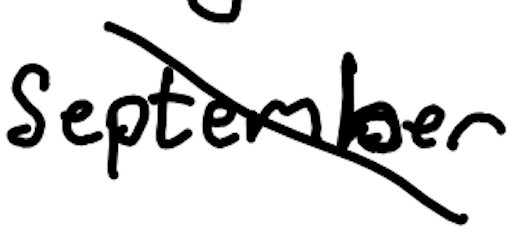
Text: September
Cross-out: diagonal
Writing tool: digital_black